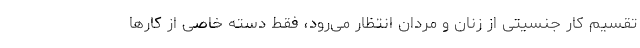
تقسیم کار جنسیتی از زنان و مردان انتظار می‌رود، فقط دسته خاصی از کارها